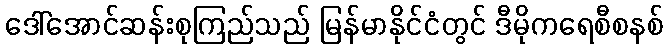
ဒေါ်အောင်ဆန်းစုကြည်သည် မြန်မာနိုင်ငံတွင် ဒီမိုကရေစီစနစ်